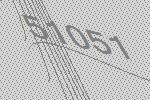
51051